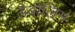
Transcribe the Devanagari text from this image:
डैबोलिम